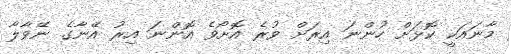
މާނައަކީ ކޮޅަށް ހުންނަ އިރަށް ވުރެ އޮށޯވެ އޮންނަ އިރު އޭނާގެ ނޭވާލާ